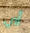
أي